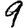
Digit: 9